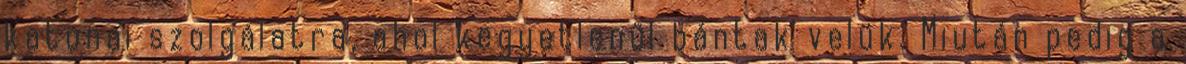
katonai szolgálatra, ahol kegyetlenül bántak velük. Miután pedig a